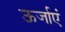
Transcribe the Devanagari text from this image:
ऊर्जाएं